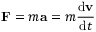
\mathbf { F } = m \mathbf { a } = m { \frac { \mathrm { d } \mathbf { v } } { \mathrm { d } t } }